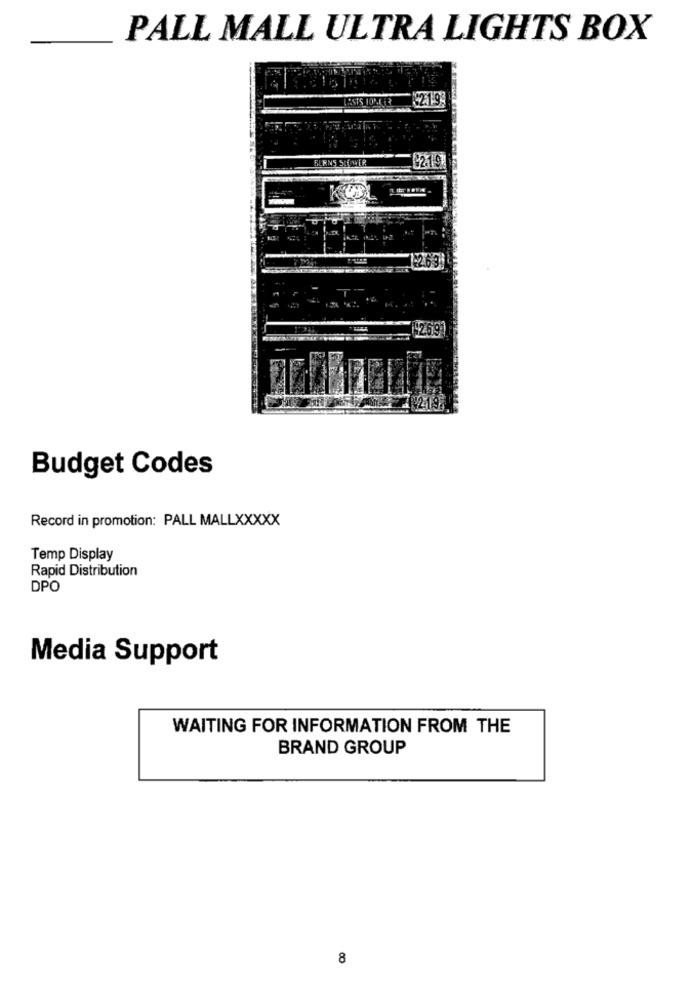
PALL MALL ULTRA LIGHTS BOX
219
BURNS SHOWER
22.19
1-2.63
£2691
Budget Codes
Record in promotion: PALL MALLXXXXX
Temp Display
Rapid Distribution
DPO
Media Support
WAITING FOR INFORMATION FROM THE
BRAND GROUP
8